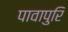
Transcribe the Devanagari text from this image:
पावापुरि